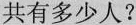
共有多少人?